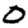
Digit: 0